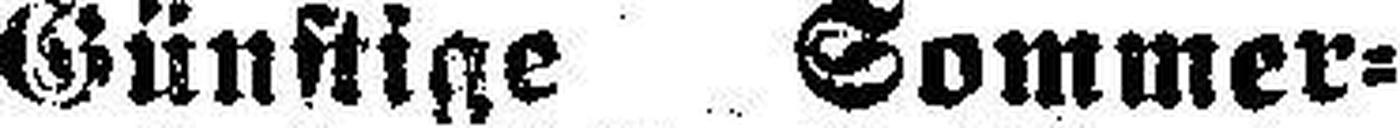
Günstige Sommer¬